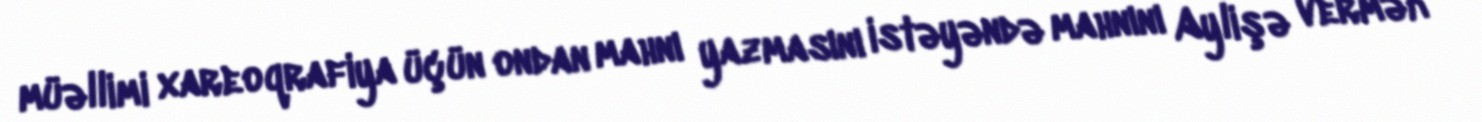
müəllimi xareoqrafiya üçün ondan mahnı yazmasını istəyəndə mahnını Aylişə vermək